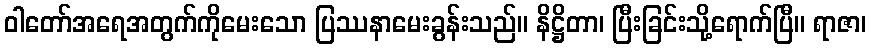
ဝါတော်အရေအတွက်ကိုမေးသော ပြဿနာမေးခွန်းသည်။ နိဋ္ဌိတာ၊ ပြီးခြင်းသို့ရောက်ပြီ။ ရာဇာ၊